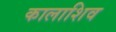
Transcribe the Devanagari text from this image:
कालाशिव